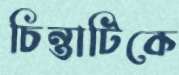
চিন্তাটিকে